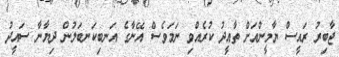
ޖާބިރު ރައީސް ޔާމީންއަށް ތާއީދު ކުރެއްވި ނަމަވެސް އޭނާގެ އަނބިކަނބަލުން ދިޔާނާ ސައީދު